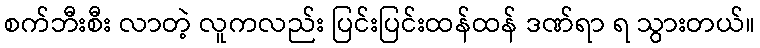
စက်ဘီးစီး လာတဲ့ လူကလည်း ပြင်းပြင်းထန်ထန် ဒဏ်ရာ ရ သွားတယ်။